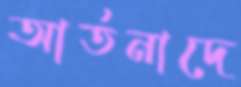
আর্তনাদে